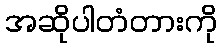
အဆိုပါတံတားကို